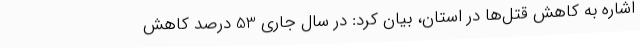
اشاره به کاهش قتل‌ها در استان، بیان کرد: در سال جاری 53 درصد کاهش